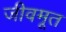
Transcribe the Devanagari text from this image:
जीवमूत